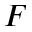
F